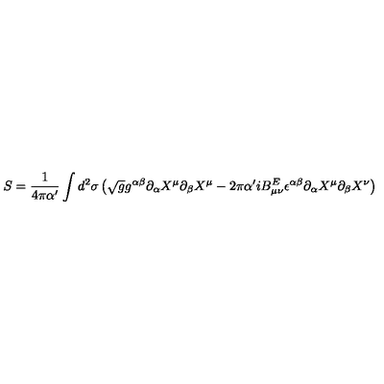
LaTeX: S = \frac { 1 } { 4 \pi \alpha ^ { \prime } } \int d ^ { 2 } \sigma \left( \sqrt { g } g ^ { \alpha \beta } \partial _ { \alpha } X ^ { \mu } \partial _ { \beta } X ^ { \mu } - 2 \pi \alpha ^ { \prime } i B _ { \mu \nu } ^ { E } \epsilon ^ { \alpha \beta } \partial _ { \alpha } X ^ { \mu } \partial _ { \beta } X ^ { \nu } \right)